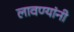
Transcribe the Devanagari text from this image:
लावण्यांनी